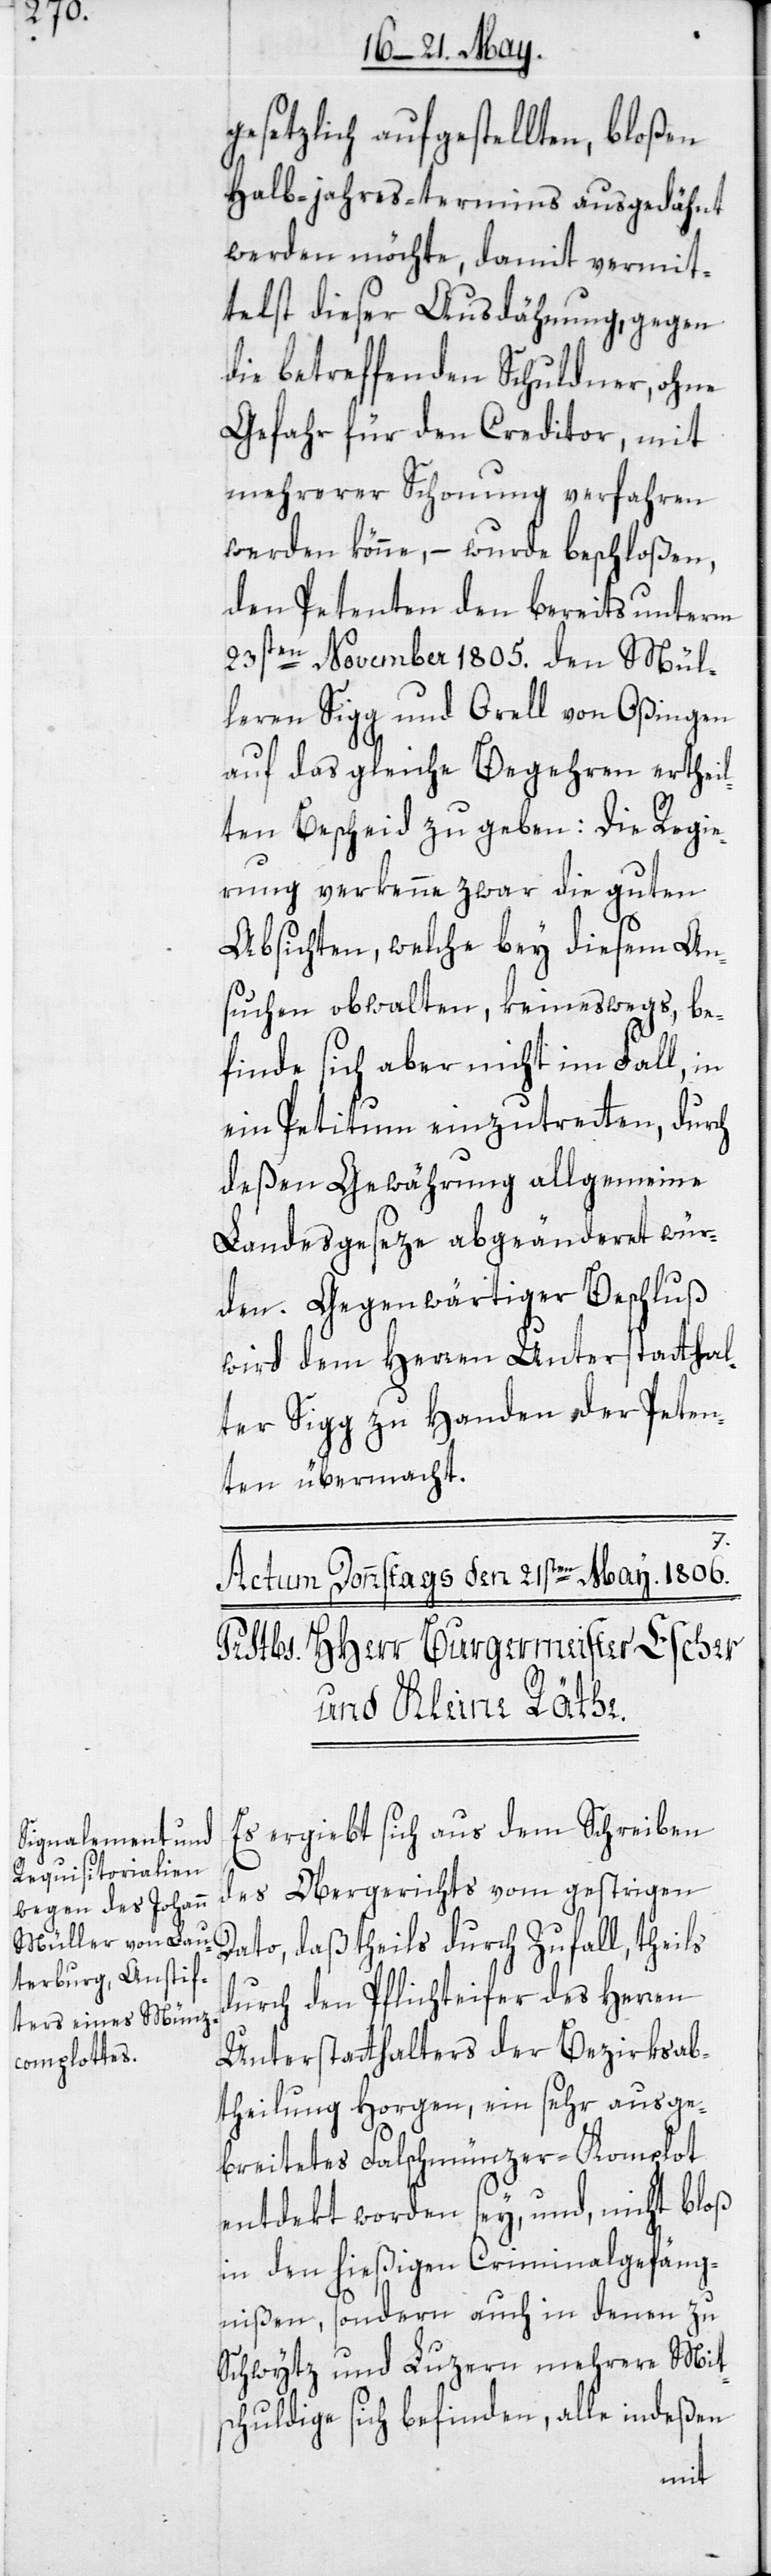
gesetzlich aufgestellten, bloßen
Halb-jahres-termins ausgedähnt
werden möchte, damit vermit¬
telst dieser Ausdähnung, gegen
die betreffenden Schuldner, ohne
Gefahr für den Creditor, mit
mehrerer Schonung verfahren
werden könne, – wurde beschloßen,
den Petenten den bereits unterm
23sten November 1805. den Mül¬
leren Sigg und Orell von Oßingen
auf das gleiche Begehren ertheil¬
ten Bescheid zu geben: Die Regie¬
rung verkenne zwar die guten
Absichten, welche bey diesem An¬
suchen obwalten, keineswegs, be¬
finde sich aber nicht im Fall, in
ein Petitum einzutretten, durch
deßen Gewährung allgemeine
Landesgeseze abgeänderet wür¬
den. Gegenwärtiger Beschluß
wird dem Herren Unterstatthal¬
ter Sigg zu Handen der Peten¬
ten übermacht.
Es ergiebt sich aus dem Schreiben
des Obergerichts vom gestrigen
Dato, daß theils durch Zufall, theils
durch den Pflichteifer des Herren
Unterstatthalters der Bezirksab¬
theilung Horgen, ein sehr ausge¬
breitetes Falschmünzer-Komplot
entdekt worden sey, und, nicht bloß
in den hießigen Criminalgefäng¬
nißen, sondern auch in denen zu
Schwytz und Luzern mehrere Mit¬
schuldige sich befinden, alle indeßen